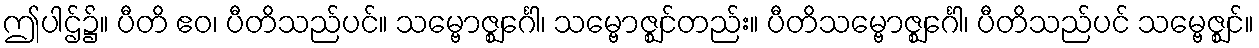
ဤပါဌ်၌။ ပီတိ ဧဝ၊ ပီတိသည်ပင်။ သမ္ဗောဇ္ဈင်္ဂေါ၊ သမ္ဗောဇ္ဈင်တည်း။ ပီတိသမ္ဗောဇ္ဈင်္ဂေါ၊ ပီတိသည်ပင် သမ္ဗေဇ္ဈင်။